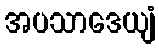
အပသာဒေယျံ